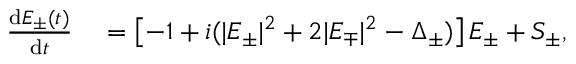
\begin{array} { r l } { \frac { \mathrm { d } E _ { \pm } ( t ) } { \mathrm { d } t } } & { { } = \left[ - 1 + i ( | E _ { \pm } | ^ { 2 } + 2 | E _ { \mp } | ^ { 2 } - \Delta _ { \pm } ) \right] E _ { \pm } + S _ { \pm } , } \end{array}